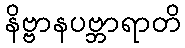
နိဗ္ဗာနပဗ္ဘာရာတိ